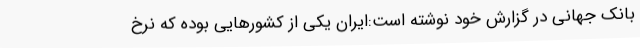
بانک جهانی در گزارش خود نوشته است:ایران یکی از کشورهایی بوده که نرخ